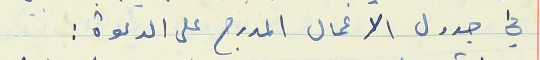
في جدول الاعمال المدرج على الدعوة :